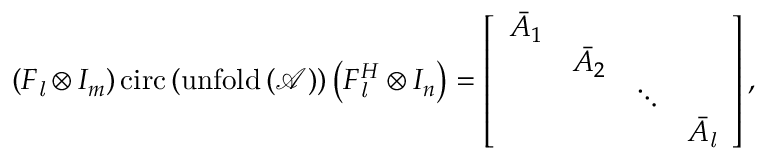
\left( F _ { \mathit { l } } \otimes I _ { m } \right) \mathrm { c i r c } \left( \mathrm { u n f o l d \left( \mathcal { A } \right) } \right) \left( F _ { \mathit { l } } ^ { H } \otimes I _ { n } \right) = \left[ \begin{array} { l l l l } { \bar { A } _ { 1 } } & & & \\ & { \bar { A } _ { 2 } } & & \\ & & { \ddots } & \\ & & & { \bar { A } _ { \mathit { l } } } \end{array} \right] ,